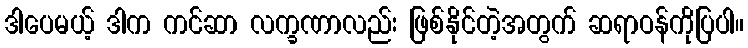
ဒါပေမယ့် ဒါက ကင်ဆာ လက္ခဏာလည်း ဖြစ်နိုင်တဲ့အတွက် ဆရာဝန်ကိုပြပါ။